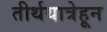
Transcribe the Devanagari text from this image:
तीर्थयात्रेहून